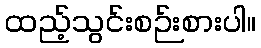
ထည့်သွင်းစဉ်းစားပါ။